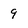
Character: 9